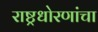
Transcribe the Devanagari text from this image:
राष्ट्रधोरणांचा